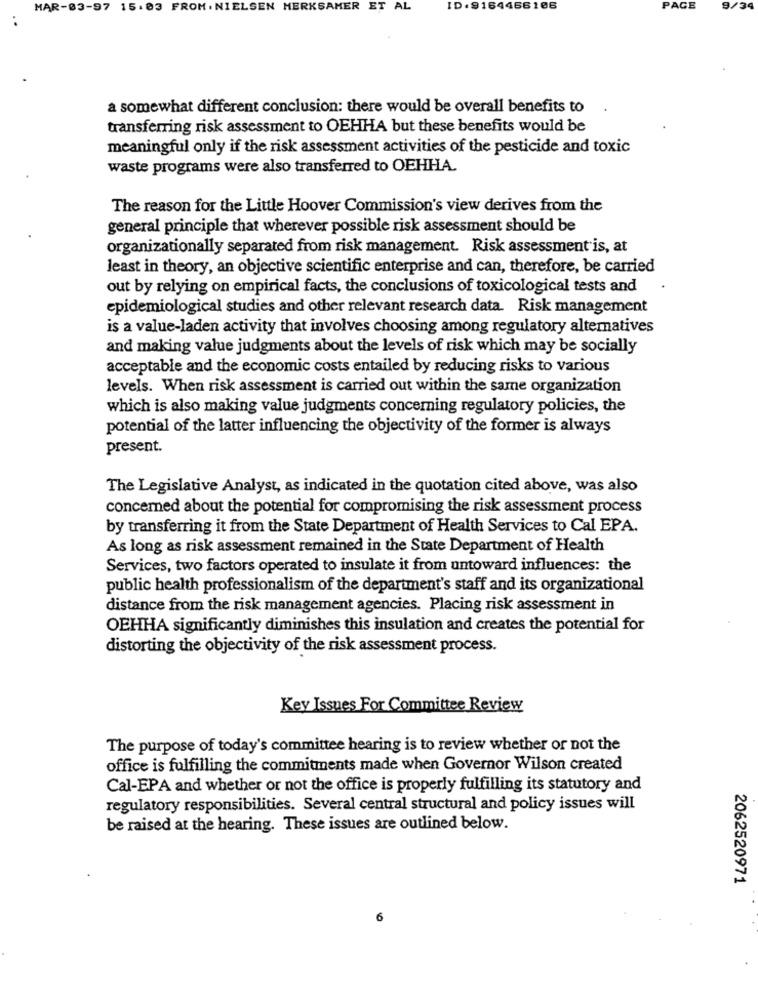
MAR-03-97 15.03 FROM. NIELSEN MERKSAMER ET AL
ID. 9164466106
PAGE
9/
a somewhat different conclusion: there would be overall benefits to
transferring risk assessment to OEHHA but these benefits would be
meaningful only if the risk assessment activities of the pesticide and toxic
waste programs were also transferred to OEHHA.
The reason for the Little Hoover Commission's view derives from the
general principle that wherever possible risk assessment should be
organizationally separated from risk management. Risk assessment is, at
least in theory, an objective scientific enterprise and can, therefore, be carried
out by relying on empirical facts, the conclusions of toxicological tests and
epidemiological studies and other relevant research data. Risk management
is a value-laden activity that involves choosing among regulatory alternatives
and making value judgments about the levels of risk which may be socially
acceptable and the economic costs entailed by reducing risks to various
levels. When risk assessment is carried out within the same organization
which is also making value judgments concerning regulatory policies, the
potential of the latter influencing the objectivity of the former is always
present.
The Legislative Analyst, as indicated in the quotation cited above, was also
concerned about the potential for compromising the risk assessment process
by transferring it from the State Department of Health Services to Cal EPA.
As long as risk assessment remained in the State Department of Health
Services, two factors operated to insulate it from untoward influences: the
public health professionalism of the department's staff and its organizational
distance from the risk management agencies. Placing risk assessment in
OEHHA significantly diminishes this insulation and creates the potential for
distorting the objectivity of the risk assessment process.
Key Issues For Committee Review
The purpose of today's committee hearing is to review whether or not the
office is fulfilling the commitments made when Governor Wilson created
Cal-EPA and whether or not the office is properly fulfilling its statutory and
regulatory responsibilities. Several central structural and policy issues will
be raised at the hearing. These issues are outlined below.
2062520971
6